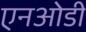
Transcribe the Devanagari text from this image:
एनओडी